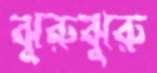
ঝুরুঝুরু